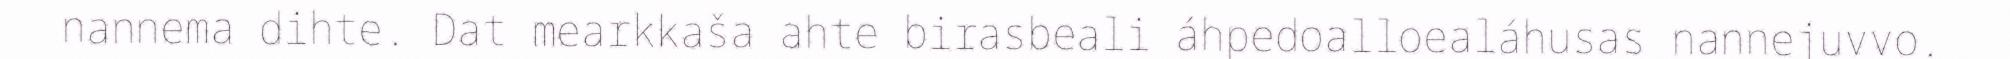
nannema dihte. Dat mearkkaša ahte birasbeali áhpedoalloealáhusas nannejuvvo.